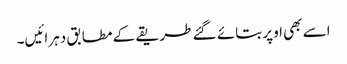
اسے بھی اوپر بتائے گئے طریقے کے مطابق دہرائیں۔